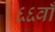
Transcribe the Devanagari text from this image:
६६वाँ